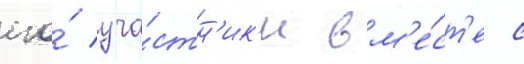
его́ уча́стн'ик'и вм'е́ст'е с